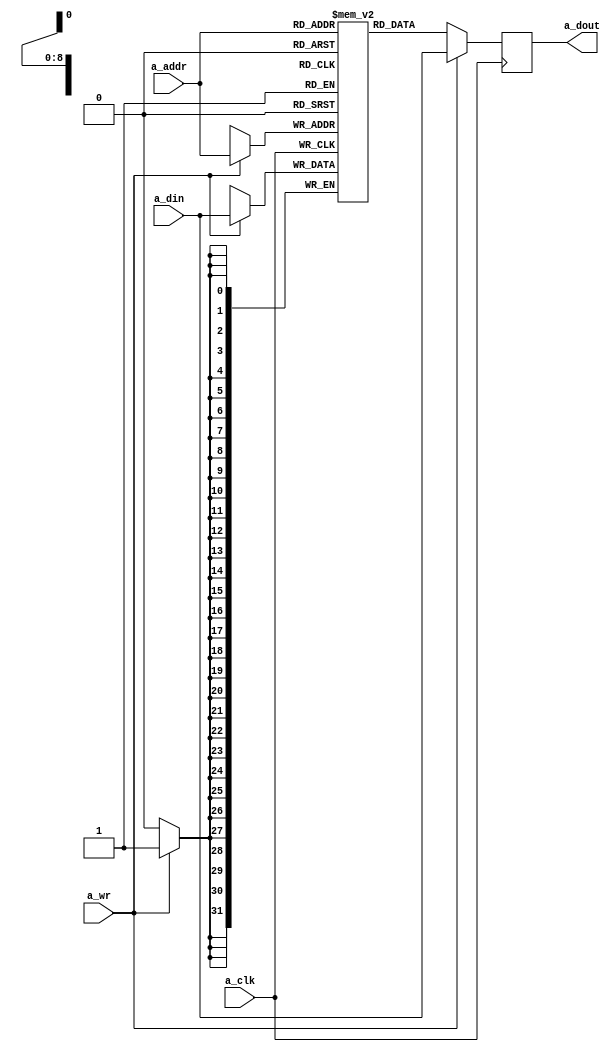
`timescale 1ns / 100ps
//////////////////////////////////////////////////////////////////////////////////
// Company: 
// Engineer: 
// 
// Design Name: 
// Module Name: BRAM_SinglePort
// Project Name: 
// Target Devices: 
// Tool Versions: 
// Description: 
// 
// Dependencies: 
// 
// Revision:
// Revision 0.01 - File Created
// Additional Comments:
// 
//////////////////////////////////////////////////////////////////////////////////


// A parameterized, inferable, true dual-port, dual-clock block RAM in Verilog.
 
module BRAM_SinglePort #(
    parameter OREG = 0,
    parameter DATA = 32,
    parameter ADDR = 9
) (
    // Port A
    input   wire                a_clk,
    input   wire                a_wr,
    input   wire    [ADDR-1:0]  a_addr,
    input   wire    [DATA-1:0]  a_din,
    output  reg     [DATA-1:0]  a_dout
);
 
// Shared memory
reg [DATA-1:0] mem [(2**ADDR)-1:0];

integer i;
initial begin
    for (i = 0; i < (2**ADDR); i = i + 1) begin: initialmem
        mem[i] <= i;
    end
end

generate
if (OREG) begin // pipelined BRAM
    // Port A
    reg     [DATA-1:0]  a_oreg, b_oreg;
    always @(posedge a_clk) begin
        a_dout <= a_oreg;
        a_oreg <= mem[a_addr];
        if(a_wr) begin
            a_oreg      <= a_din;
            mem[a_addr] <= a_din;
        end
    end
end else begin // flow-through BRAM
    // Port A
    always @(posedge a_clk) begin
        a_dout      <= mem[a_addr];
        if(a_wr) begin
            a_dout      <= a_din;
            mem[a_addr] <= a_din;
        end
    end
end
endgenerate
 
endmodule